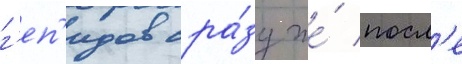
г'еп'идов сра́зу же́ посл'е